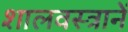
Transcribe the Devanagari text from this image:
शालवस्त्रानें